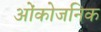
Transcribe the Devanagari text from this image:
ओंकोजनिक